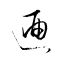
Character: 逎